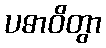
ပဓာဝိတွာ